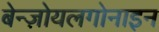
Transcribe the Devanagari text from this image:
बेन्ज़ोयलगोनाइन